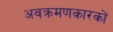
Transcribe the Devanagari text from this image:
अवक्रमणकारकों